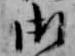
御